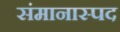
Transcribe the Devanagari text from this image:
संमानास्पद